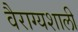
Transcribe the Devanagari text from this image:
वैराग्यशाली